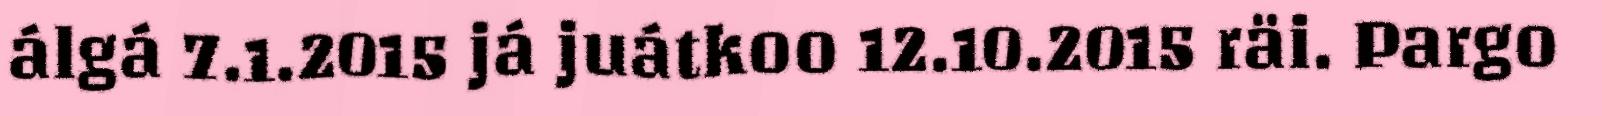
álgá 7.1.2015 já juátkoo 12.10.2015 räi. Pargo